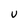
Character: v